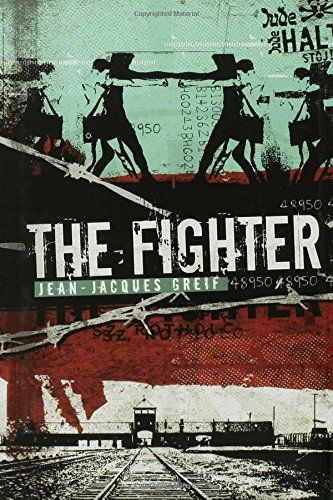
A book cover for The Fighter; Jean Jacques Greif; Teen & Young Adult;